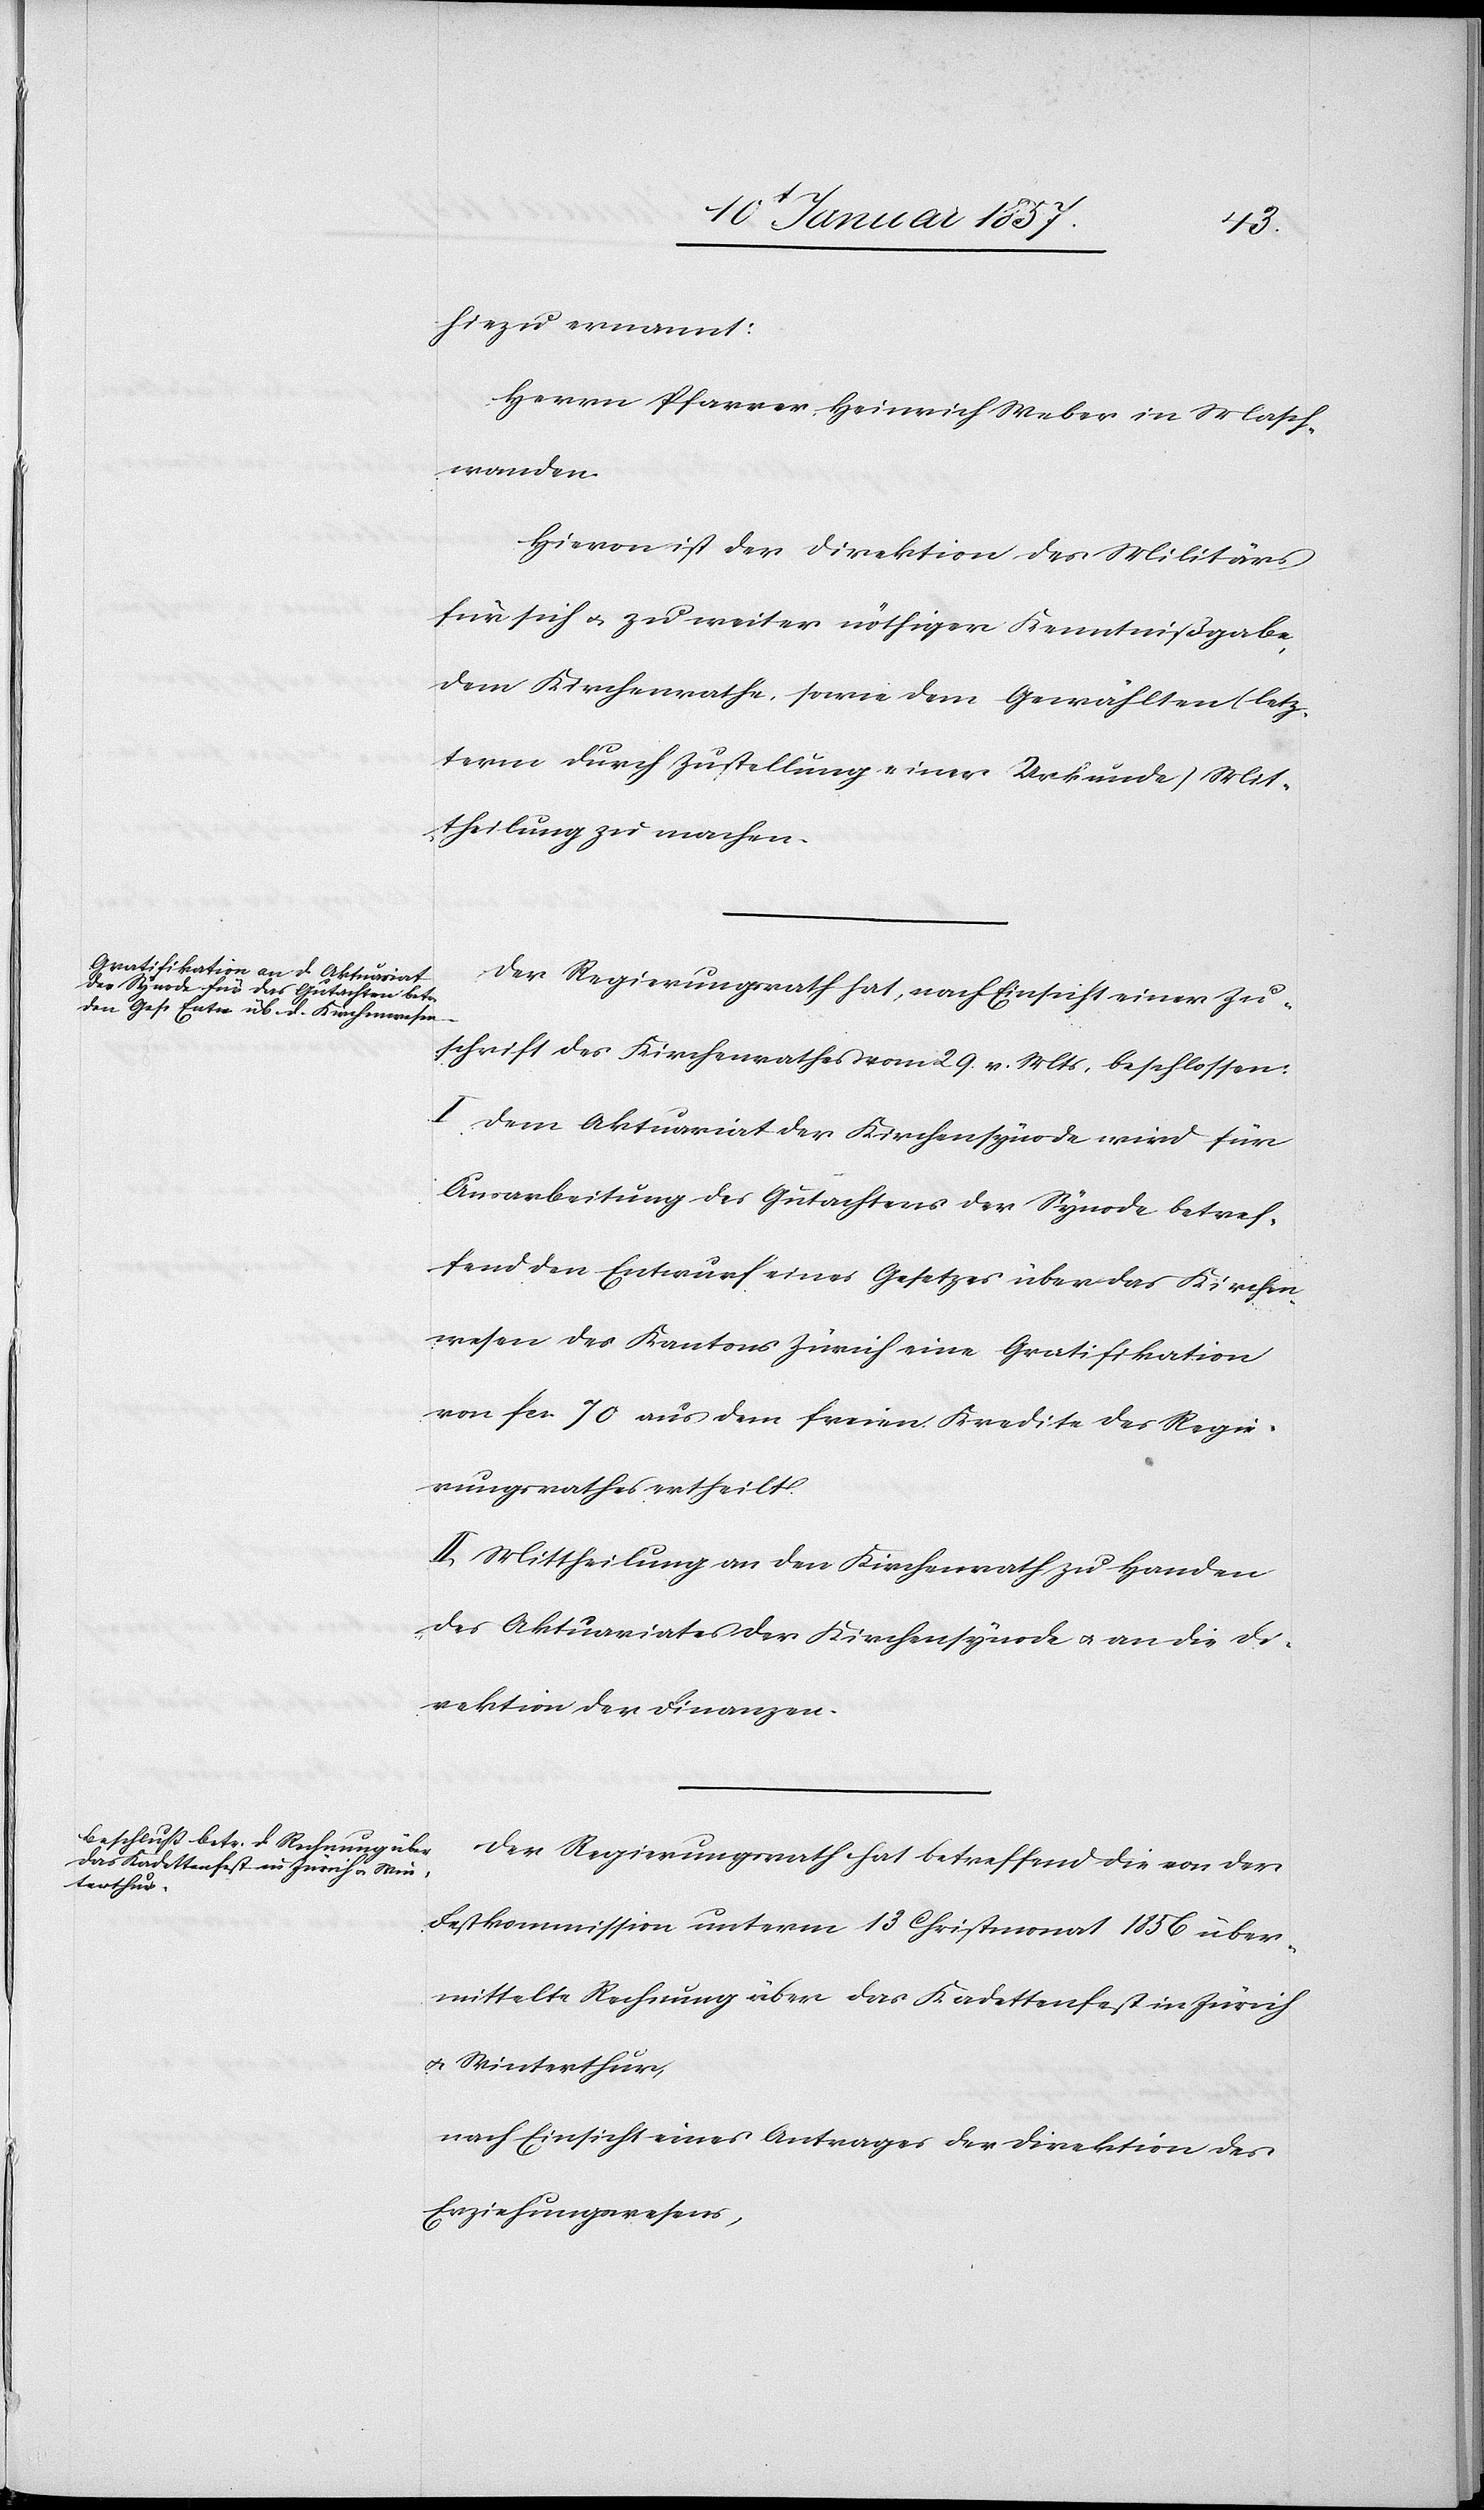
hiezu ernannt:
Herrn Pfarrer Heinrich Weber in Masch¬
wanden.
Hievon ist der Direktion des Militärs
für sich u. zu weiter nöthigen Kenntnißgabe
dem Kirchenrathe, sowie dem Gewählten (letz¬
term durch Zustellung einer Urkunde) Mit¬
theilung zu machen.
Der Regierungsrath hat, nach Einsicht einer Zu¬
schrift des Kirchenrathes vom 29. v. Mts. beschlossen:
I. Dem Aktuariat der Kirchensynode wird für
Ausarbeitung des Gutachtens der Synode betref¬
fend den Entwurf eines Gesetzes über das Kirchen¬
wesen des Kantons Zürich eine Gratifikation
von fcs. 70 aus dem freien Kredite des Regie¬
rungsrathes ertheilt.
II. Mittheilung an den Kirchenrath zu Handen
des Aktuariates der Kirchensynode u. an die Di¬
rektion der Finanzen.
Der Regierungsrath hat betreffend die von der
Festkommission unterm 13 Christmonat 1856 über¬
mittelte Rechnung über das Kadettenfest in Zürich
u. Winterthur,
nach Einsicht eines Antrages der Direktion des
Erziehungswesens,